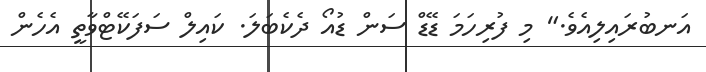
އަނބުރައިލިއެވެ." މި ފުރިހަމަ ޑޭޑް ސަން ޑުއޯ ދެކެބަލަ. ކައިލް ސަފަކޭޓްވާތީ އެހެން